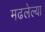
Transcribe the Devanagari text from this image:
मढलेल्या